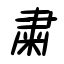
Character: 粛